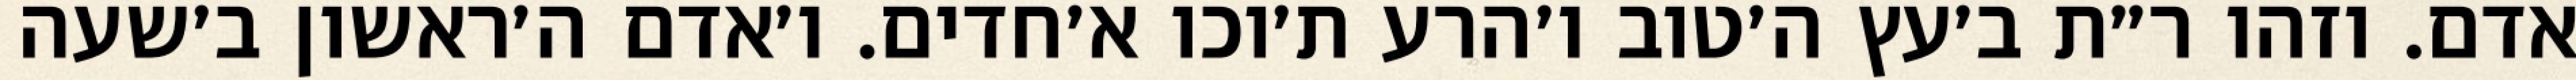
אדם. וזהו ר״ת ב׳עץ ה׳טוב ו׳הרע ת׳וכו א׳חדים. ו׳אדם ה׳ראשון ב׳שעה